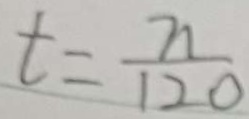
t = \frac { n } { 1 2 0 }